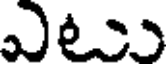
ఎటు